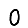
Digit: 0